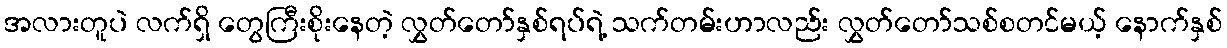
အလားတူပဲ လက်ရှိ တွေကြီးစိုးနေတဲ့ လွှတ်တော်နှစ်ရပ်ရဲ့ သက်တမ်းဟာလည်း လွှတ်တော်သစ်စတင်မယ့် နောက်နှစ်